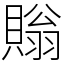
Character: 𧷜